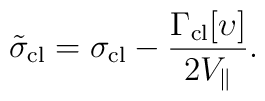
\tilde{\sigma}_{\rm cl}=\sigma_{\rm cl}-\frac{\Gamma_{\rm cl}[\upsilon]}{                      2 V_{\|} }.